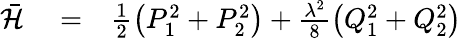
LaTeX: \begin{array}{rlr}{\bar{{\mathcal{H}}}}&{{}=}&{\frac{1}{2}\left(P_{1}^{2}+P_{2}^{2}\right)+\frac{\lambda^{2}}{8}\left(Q_{1}^{2}+Q_{2}^{2}\right)}\end{array}